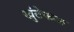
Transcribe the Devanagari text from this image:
खुंटेफळ